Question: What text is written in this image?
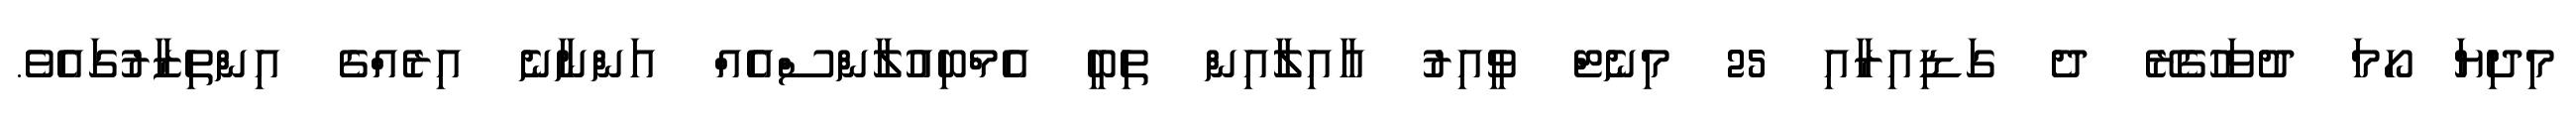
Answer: މިދިޔަ ހޯމަ ދުވަހުގެރޭ ދެ ގަޑިއިރާއި 25 މިނެޓް ވީއިރު އާއިލާއިން ތިބީ އެމްބިއުލާންސްއެއް އަންނާނެ އިރެއްގެ އިންތިޒާރުގައެވެ.